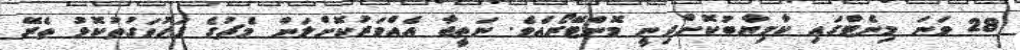
28 ވަނަ މިނެޓްގައި ކާމިޔާބުކޮށްދިނީ މޮންޓޭރޯއެވެ. ނަތީޖާ އެއްވަރުކޮށްލަން މެޗުގެ ފަހުވަގުތުކޮޅު ތެރޭ